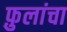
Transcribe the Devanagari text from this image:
फ़ुलांचा